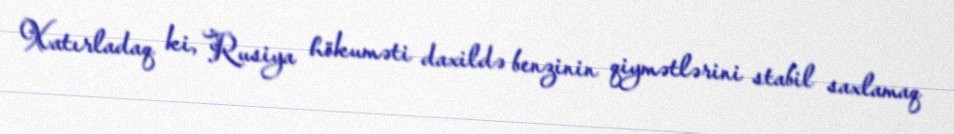
Xatırladaq ki, Rusiya hökuməti daxildə benzinin qiymətlərini stabil saxlamaq